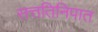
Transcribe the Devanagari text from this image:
सत्ततिनिपात